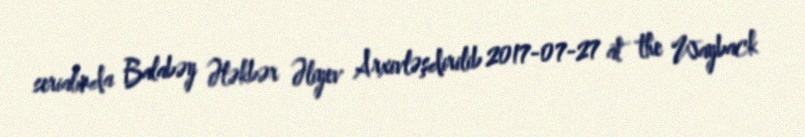
serialında Balabəy Ələkbər Əliyev Arxivləşdirilib 2017-07-27 at the Wayback